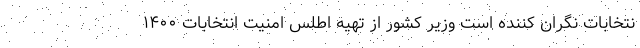
نتخابات نگران کننده است وزیر کشور از تهیه اطلس امنیت انتخابات ۱۴۰۰